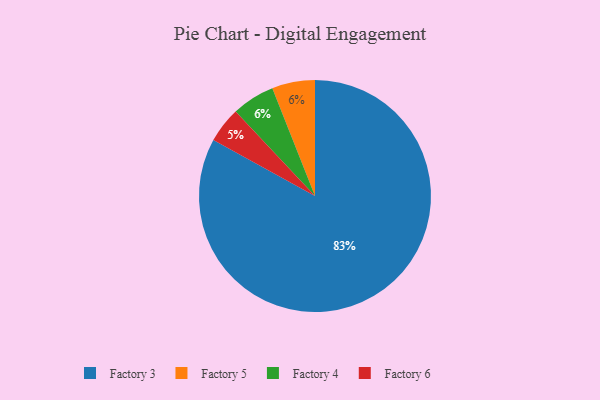
{"axis": {"x": "Category", "y": "Percentage"}, "legend": ["Factory 3", "Factory 4", "Factory 5", "Factory 6"], "data": [{"x": "Factory 5", "y": 6, "type": "Factory 5"}, {"x": "Factory 4", "y": 6, "type": "Factory 4"}, {"x": "Factory 6", "y": 5, "type": "Factory 6"}, {"x": "Factory 3", "y": 83, "type": "Factory 3"}]}